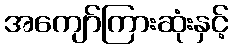
အကျော်ကြားဆုံးနှင့်